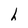
Character: h